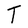
Character: T